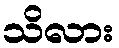
သိလား